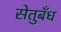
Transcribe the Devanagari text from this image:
सेतुबँध